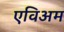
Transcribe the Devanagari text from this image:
एविअम